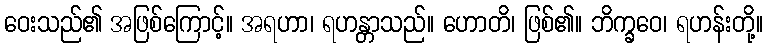
ဝေးသည်၏ အဖြစ်ကြောင့်။ အရဟာ၊ ရဟန္တာသည်။ ဟောတိ၊ ဖြစ်၏။ ဘိက္ခဝေ၊ ရဟန်းတို့။